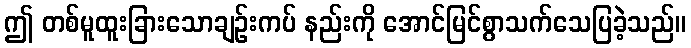
ဤ တစ်မူထူးခြားသောချဉ်းကပ် နည်းကို အောင်မြင်စွာသက်သေပြခဲ့သည်။